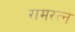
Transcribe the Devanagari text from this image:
रामरत्‍न